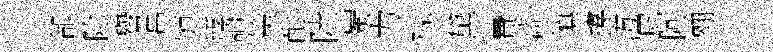
都除譽莒頌綾誦策耐陸蜀力视黛費薔慎撐冱犀阿翱